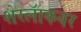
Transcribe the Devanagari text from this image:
शेरलॅाकवर